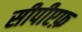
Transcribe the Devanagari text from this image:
सीपीएफ़